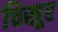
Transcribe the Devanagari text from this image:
चिखुर